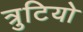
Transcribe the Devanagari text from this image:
त्रुटियो